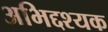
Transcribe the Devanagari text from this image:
अभिद्दश्यक